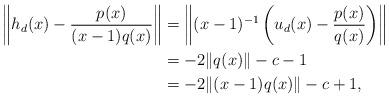
LaTeX: \begin{align*} \begin{aligned}\left\| h_d(x) - \frac{p(x)}{(x-1)q(x)}\right\| &=\left\| (x-1)^{-1}\left( u_d(x) -\frac{p(x)}{q(x)}\right)\right\| \\&= -2 \|q(x)\| - c -1 \\&= -2 \|(x-1)q(x)\| - c+1,\end{aligned}\end{align*}